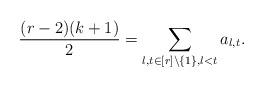
LaTeX: \begin{align*} \frac{(r-2)(k+1)}{2} = \sum_{l,t \in [r] \setminus \{ 1 \}, l<t} a_{l,t}.\end{align*}